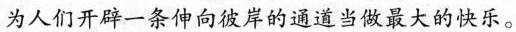
为人们开辟一条伸向彼岸的通道当做最大的快乐。